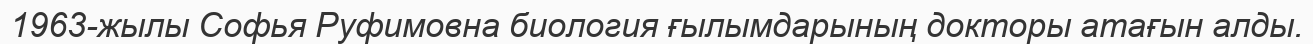
1963-жылы Софья Руфимовна биология ғылымдарының докторы атағын алды.